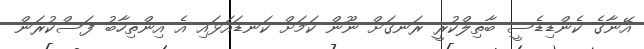
އޭނާގެ ކެންޑިޑެސީ ބާތިލްކުރީ ރަނގަށް ނޫން ކަމަށް ކަނޑައަޅައި އެ އިންތިހާބު ފަސްކުރަން